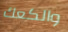
والكعك